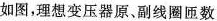
如图，理想变压器原、副线圈匝数